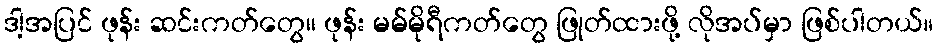
ဒါ့အပြင် ဖုန်း ဆင်းကတ်တွေ၊၊ ဖုန်း မမ်မိုရီကတ်တွေ ဖြုတ်ထားဖို့ လိုအပ်မှာ ဖြစ်ပါတယ်။